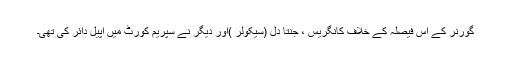
گورنر کے اس فیصلہ کے خلاف کانگریس ، جنتا دل (سیکولر )اور دیگر نے سپریم کورٹ میں اپیل دائر کی تھی۔